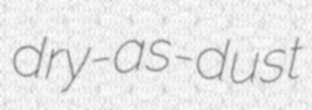
dry-as-dust